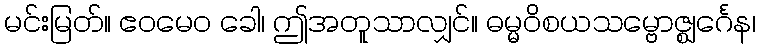
မင်းမြတ်။ ဧဝမေဝ ခေါ၊ ဤအတူသာလျှင်။ ဓမ္မဝိစယသမ္ဗောဇ္ဈင်္ဂေန၊